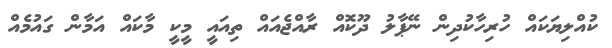
ކުއްލިޔަކައް ހުރިހާކުދިން ނޭޕާލު ދޫކޮއް ރާއްޖެއައް ތިއައީ މީކީ މާކައް އަމާން ގައުމެއް